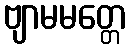
ဗျာမမတ္တေ